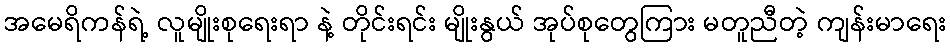
အမေရိကန်ရဲ့ လူမျိုးစုရေးရာ နဲ့ တိုင်းရင်း မျိုးနွယ် အုပ်စုတွေကြား မတူညီတဲ့ ကျန်းမာရေး